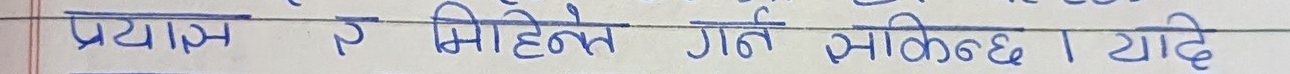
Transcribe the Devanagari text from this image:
प्रयास र मिहिनेत गर्ने मासिक छ। यदि